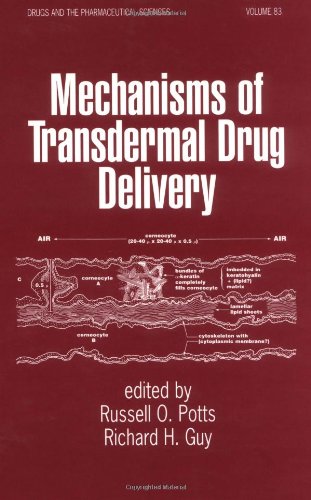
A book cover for Mechanisms of Transdermal Drug Delivery (Drugs and the Pharmaceutical Sciences); Medical Books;